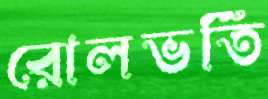
রোলভর্তি